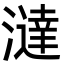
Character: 澾